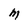
Character: M